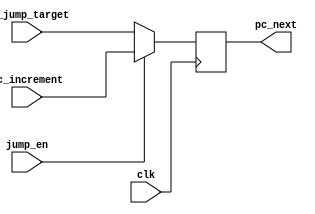
`timescale 1ns / 1ps
//////////////////////////////////////////////////////////////////////////////////
// Company: 
// Engineer: 
// 
// Design Name: 
// Module Name: program_counter_mux
// Project Name: 
// Target Devices: 
// Tool Versions: 
// Description: 
// 
// Dependencies: 
// 
// Revision:
// Revision 0.01 - File Created
// Additional Comments:
// 
//////////////////////////////////////////////////////////////////////////////////


module program_counter_mux(
    input wire clk,
    input wire jump_en,
    input wire [31:0] pc_increment,
    input wire [31:0] pc_jump_target,
    output wire [31:0] pc_next
    );
    
reg [31:0] next;

always @ (posedge clk)
begin
    if (jump_en)
        next <= pc_increment;
   else
        next <= pc_jump_target;
end
    
assign pc_next = next;
endmodule